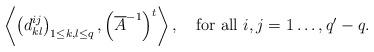
LaTeX: \begin{align*}\left<\left(d^{ij}_{kl}\right)_{1\leq k,l\leq q},\left(\overline{A}^{-1}\right)^{t}\right>,\quad\mbox{for all $i,j=1\dots,q'-q$.}\end{align*}